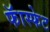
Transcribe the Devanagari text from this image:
फॅास्फेट